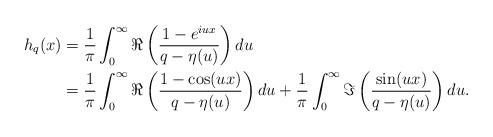
LaTeX: \begin{align*}h_q(x)&=\frac{1}{\pi}\int^\infty_0 \Re\left(\frac{1-e^{iux}}{q-\eta(u)}\right)du\\&=\frac{1}{\pi}\int^\infty_0 \Re\left(\frac{1-\cos(ux)}{q-\eta(u)}\right)du+\frac{1}{\pi}\int^\infty_0 \Im\left(\frac{\sin(ux)}{q-\eta(u)}\right)du.\end{align*}